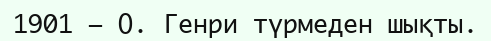
1901 — О. Генри түрмеден шықты.